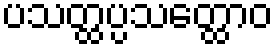
ပသတ္ထပ္ပသတ္ထောဝ